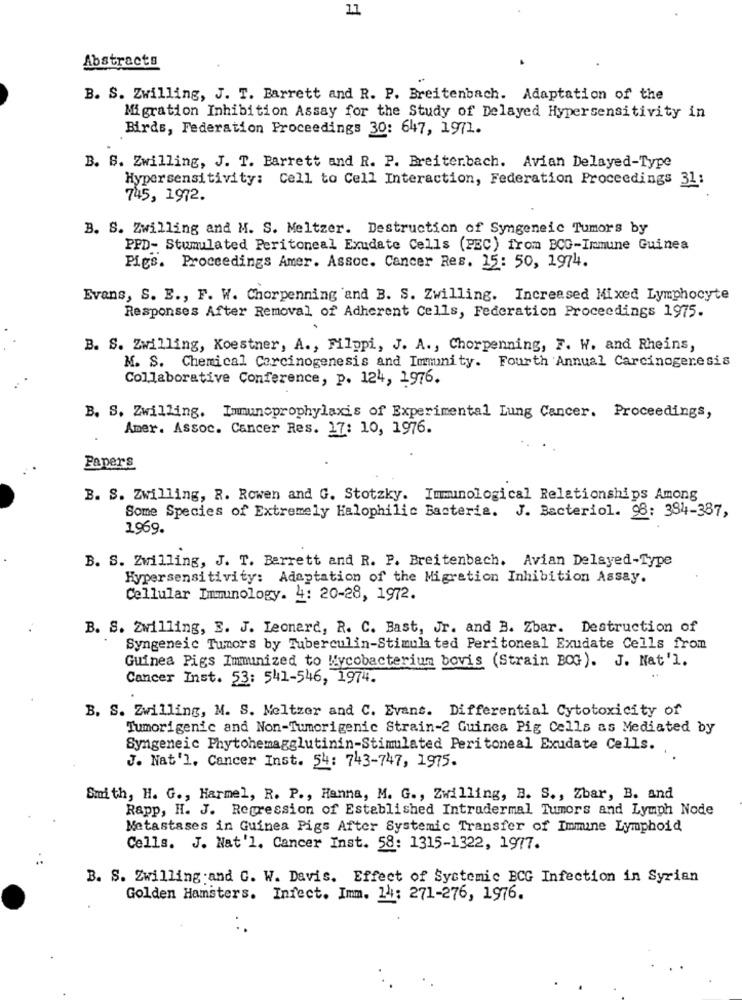
11
Abstracts
B. S. Zwilling, J. T. Barrett and R. P. Breitenbach. Adaptation of the
Migration Inhibition Assay for the Study of Delayed Hypersensitivity in
Birds, Federation Proceedings 30: 647, 1971.
B. B. Zwilling, J. T. Barrett and R. P. Breitenbach. Avian Delayed-Type
Hyper sensitivity: Cell to Cell Interaction, Federation Proceedings 31:
745, 1972.
B. S. Zwilling and M. S. Meltzer. Destruction of Syngeneic Tumors by
PPD- Stumulated Peritoneal Exudate Cells (PEC) from BCG-Immune Guinea
Pigs. Proceedings Amer. Assoc. Cancer Res. 15: 50, 1974.
Evans, S. E ., F. W. Chorpenning and B. S. Zwilling. Increased Mixed Lymphocyte
Responses After Removal of Adherent Cells, Federation Proceedings 1975.
B. S. Zwilling, Koestner, A ., Filppi, J. A ., Chorpenning, F. W. and Rheins,
M. S. Chemical Carcinogenesis and Immunity. Fourth Annual Carcinogenesis
Collaborative Conference, p. 124, 1976.
B. S. Zwilling. Immunoprophylaxis of Experimental Lung Cancer. Proceedings,
Amer. Assoc. Cancer Res. 17: 10, 1976.
Papers
B. S. Zwilling, R. Rowen and G. Stotzky. Immunological Relationships Among
Some Species of Extremely Halophilic Bacteria. J. Bacteriol. 98: 394-387,
1969.
B. S. Zwilling, J. T. Barrett and R. P. Breitenbach. Avian Delayed-Type
Hypersensitivity: Adaptation of the Migration Inhibition Assay.
Cellular Immunology. 4: 20-28, 1972.
B. S. Zwilling, E. J. Leonard, R. C. Bast, Jr. and B. Zbar. Destruction of
Syngeneic Tumors by Tuberculin-Stimula ted Peritoneal Exudate Cells from
Guinea Pigs Immunized to Mycobacterium bovis (Strain BOG). J. Nat'l.
Cancer Inst. 53: 541-546, 1974.
B. S. Zwilling, M. S. Meltzer and C. Evans. Differential Cytotoxicity of
Tumorigenic and Non-Tumorigenic Strain-2 Guinea Pig Cells as Mediated by
Syngeneic Phytohemagglutinin-Stimulated Peritoneal Exudate Cells.
J. Nat'l. Cancer Inst. 54: 743-747, 1975.
Smith, H. G ., Harmel, R. P ., Hanna, M. G ., Zwilling, B. S ., Zbar, B. and
Rapp, H. J. Regression of Established Intradermal Tumors and Lymph Node
Metastases in Guinea Pigs After Systemic Transfer of Immine Lymphoid
Cells. J. Nat'l. Cancer Inst. 58: 1315-1322, 1977.
B. S. Zwilling and G. W. Davis. Effect of Systemic BCG Infection in Syrian
Golden Hamsters. Infect. Imm. 14: 271-276, 1976.